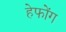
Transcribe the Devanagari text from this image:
हेफोंग